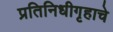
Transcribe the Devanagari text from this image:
प्रतिनिधीगृहाचे